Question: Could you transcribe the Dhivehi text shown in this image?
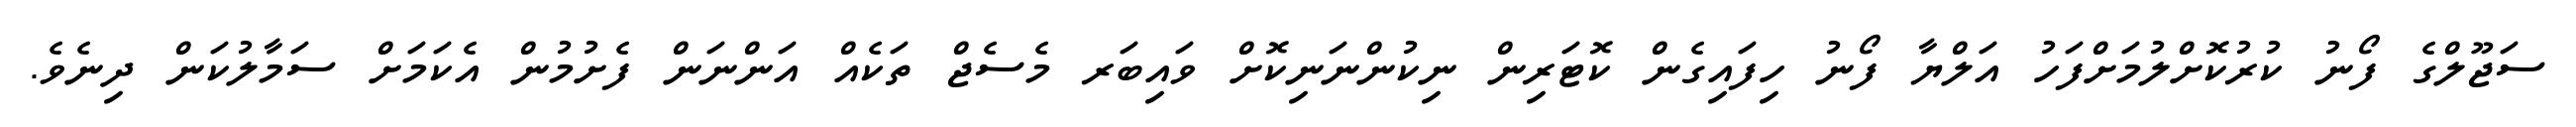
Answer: ސަޖޫލްގެ ފޯނު ކުރުކޮށްލުމަށްފަހު އަލްޔާ ފޯނު ހިފައިގެން ކޮޓަރިން ނިކުންނަނިކޮށް ވައިބަރ މެސެޖް ތަކެއް އަންނަން ފެށުމުން އެކަމަށް ސަމާލުކަން ދިނެވެ.